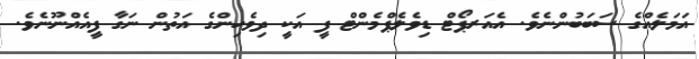
އަމަލެއްގެ ސަބަބުންނެވެ. އެއަރޕޯޓް ޑިވެލެޕްމެންޓް ފީ އަކީ ދިވެހިންގެ އަތުން ނަގާ ފީއެއްނޫނެވެ.